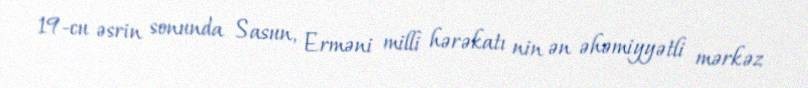
19-cu əsrin sonunda Sasun, Erməni milli hərəkatı nin ən əhəmiyyətli mərkəz